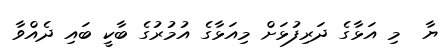
ޔާ  މި އަޅާގެ ދަރިފުޅަށް މިއަޅާގެ އުމުރުގެ ބާކީ ބައި ދެއްވާ